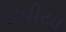
ડાઘીયા